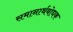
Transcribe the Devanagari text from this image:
समानार्थबोधक